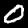
Label: 0